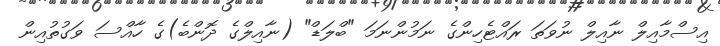
އިސްމާއިލް ނާއިލް ނުވަތަ ރައްޓެހިންގެ ނަމުންނަމަ "ބްލަޑް" (ނާއިލްގެ ދޮންބެ)ގެ ހާއްސަ ވަގުތުއިން